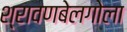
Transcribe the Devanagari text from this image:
श्रावणबेलगोला